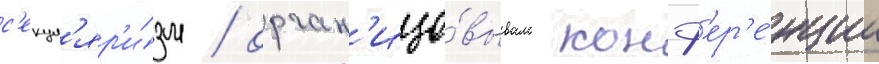
с'екул'яр'и́зм / орган'изо́вывала конф'ер'е́нции